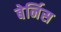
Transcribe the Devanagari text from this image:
बेर्निस